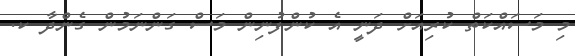
މި މަސައްކަތް ކުރިއަށް ދަނީ އެ ކުންފުނިން މަސް ގަންނަމުން ގެންދާ ކ.